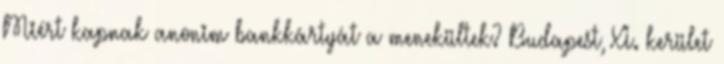
Miért kapnak anonim bankkártyát a menekültek? Budapest, XI. kerület